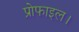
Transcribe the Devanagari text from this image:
प्रोफाइल।